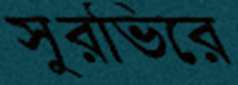
সুরভিরে